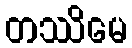
တဿိမေ